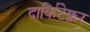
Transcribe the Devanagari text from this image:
दार्किटेक्चर